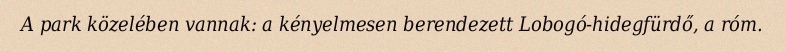
A park közelében vannak: a kényelmesen berendezett Lobogó-hidegfürdő, a róm.